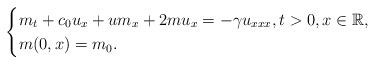
LaTeX: \begin{align*} \begin{cases} m_t + c_0u_x + um_x+ 2mu_x = -\gamma u_{xxx}, t > 0, x\in \mathbb{R}, \\m(0,x) = m_0.\end{cases} \end{align*}